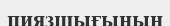
пиязшығының